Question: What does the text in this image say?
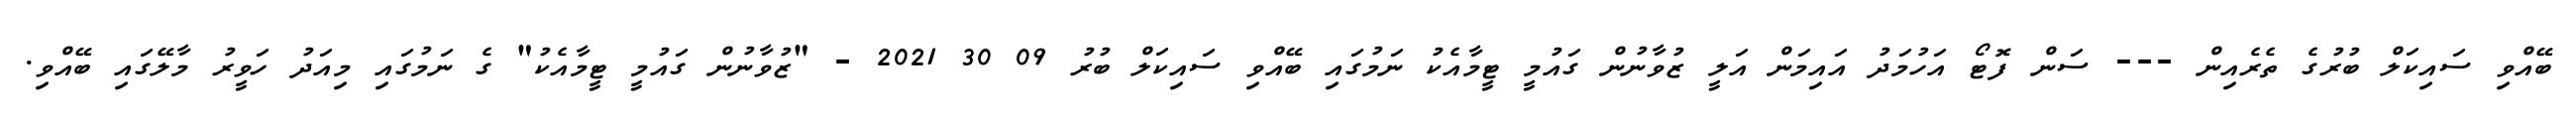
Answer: ބޭއްވި ސައިކަލް ބުރުގެ ތެރެއިން --- ސަން ފޮޓޯ އަހުމަދު އައިމަން އަލީ ޒުވާނުން ގައުމީ ޓީމާއެކު ނަމުގައި ބޭއްވި ސައިކަލް ބުރު 09 30 2021 - "ޒުވާނުން ގައުމީ ޓީމާއެކު" ގެ ނަމުގައި މިއަދު ހަވީރު މާލޭގައި ބޭއްވި.